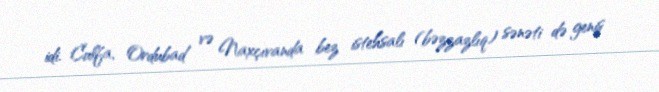
idi. Culfa, Ordubad və Naxçıvanda bez istehsalı (bəzzazlıq) sənəti də geniş